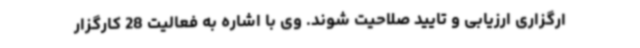
ارگزاری ارزیابی و تایید صلاحیت شوند. وی با اشاره به فعالیت 28 کارگزار